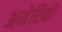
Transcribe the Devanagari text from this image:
अमेेरिकी